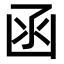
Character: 函